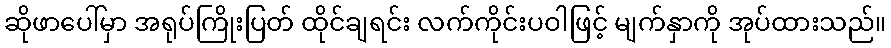
ဆိုဖာပေါ်မှာ အရုပ်ကြိုးပြတ် ထိုင်ချရင်း လက်ကိုင်းပဝါဖြင့် မျက်နှာကို အုပ်ထားသည်။